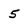
Character: 5